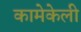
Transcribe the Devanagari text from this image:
कामेकेली